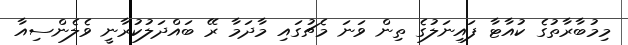
މިމުބާރާތުގެ ކުއާޓާ ފައިނަލުގެ ތިން ވަނަ މެޗުގައި މާދަމާ ރޭ ބައްދަލުކުރާނީ ވެލެންސިއާ